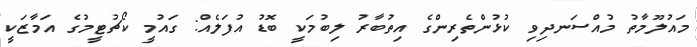
މައުލޫމާތު މުއްސަނދިވި ކުޅުންތެރިންގެ އިތުބާރު ލިބުމަކީ ބޮޑު އުފަލެއް: ގައުމީ ކޯޗުޓީމުގެ އަމާޒަކީ